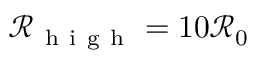
\mathcal { R } _ { \mathrm { ~ h ~ i ~ g ~ h ~ } } = 1 0 \mathcal { R } _ { 0 }